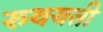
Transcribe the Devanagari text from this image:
रुवयती